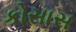
કોસાસ